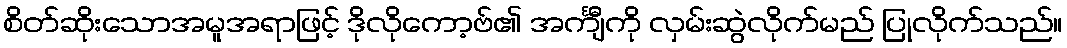
စိတ်ဆိုးသောအမူအရာဖြင့် ဒိုလိုကော့ဗ်၏ အင်္ကျီကို လှမ်းဆွဲလိုက်မည် ပြုလိုက်သည်။